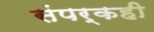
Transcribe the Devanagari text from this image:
संपर्कही